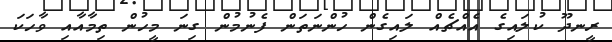
ރީނދޫ ކުލައިގެ އެއްޗެއް ލައިގެން ހުންނަތަން ފެނުމުން ގިނަ މީހުން ތިމާއާއި ވާހަކަ